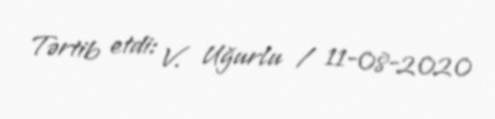
Tərtib etdi: V. Uğurlu / 11-08-2020